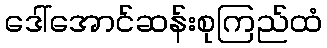
ဒေါ်အောင်ဆန်းစုကြည်ထံ